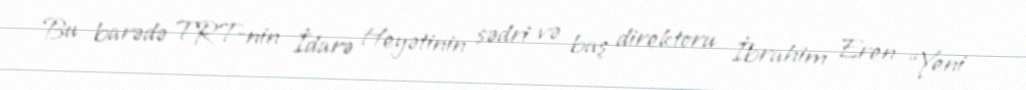
Bu barədə TRT-nin İdarə Heyətinin sədri və baş direktoru İbrahim Eren “Yeni